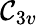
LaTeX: {\mathcal{C}}_{3v}